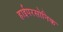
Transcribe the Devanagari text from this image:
हाईपरसोनिक